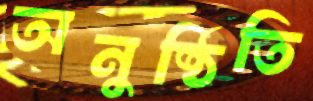
অনুষ্ঠিতি